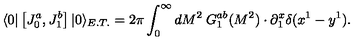
\langle 0 | \left[ J _ { 0 } ^ { a } , J _ { 1 } ^ { b } \right] | 0 \rangle _ { E . T . } = 2 \pi \int _ { 0 } ^ { \infty } { d M ^ { 2 } \: G _ { 1 } ^ { a b } ( M ^ { 2 } ) } \cdot \partial _ { 1 } ^ { x } \delta ( x ^ { 1 } - y ^ { 1 } ) .